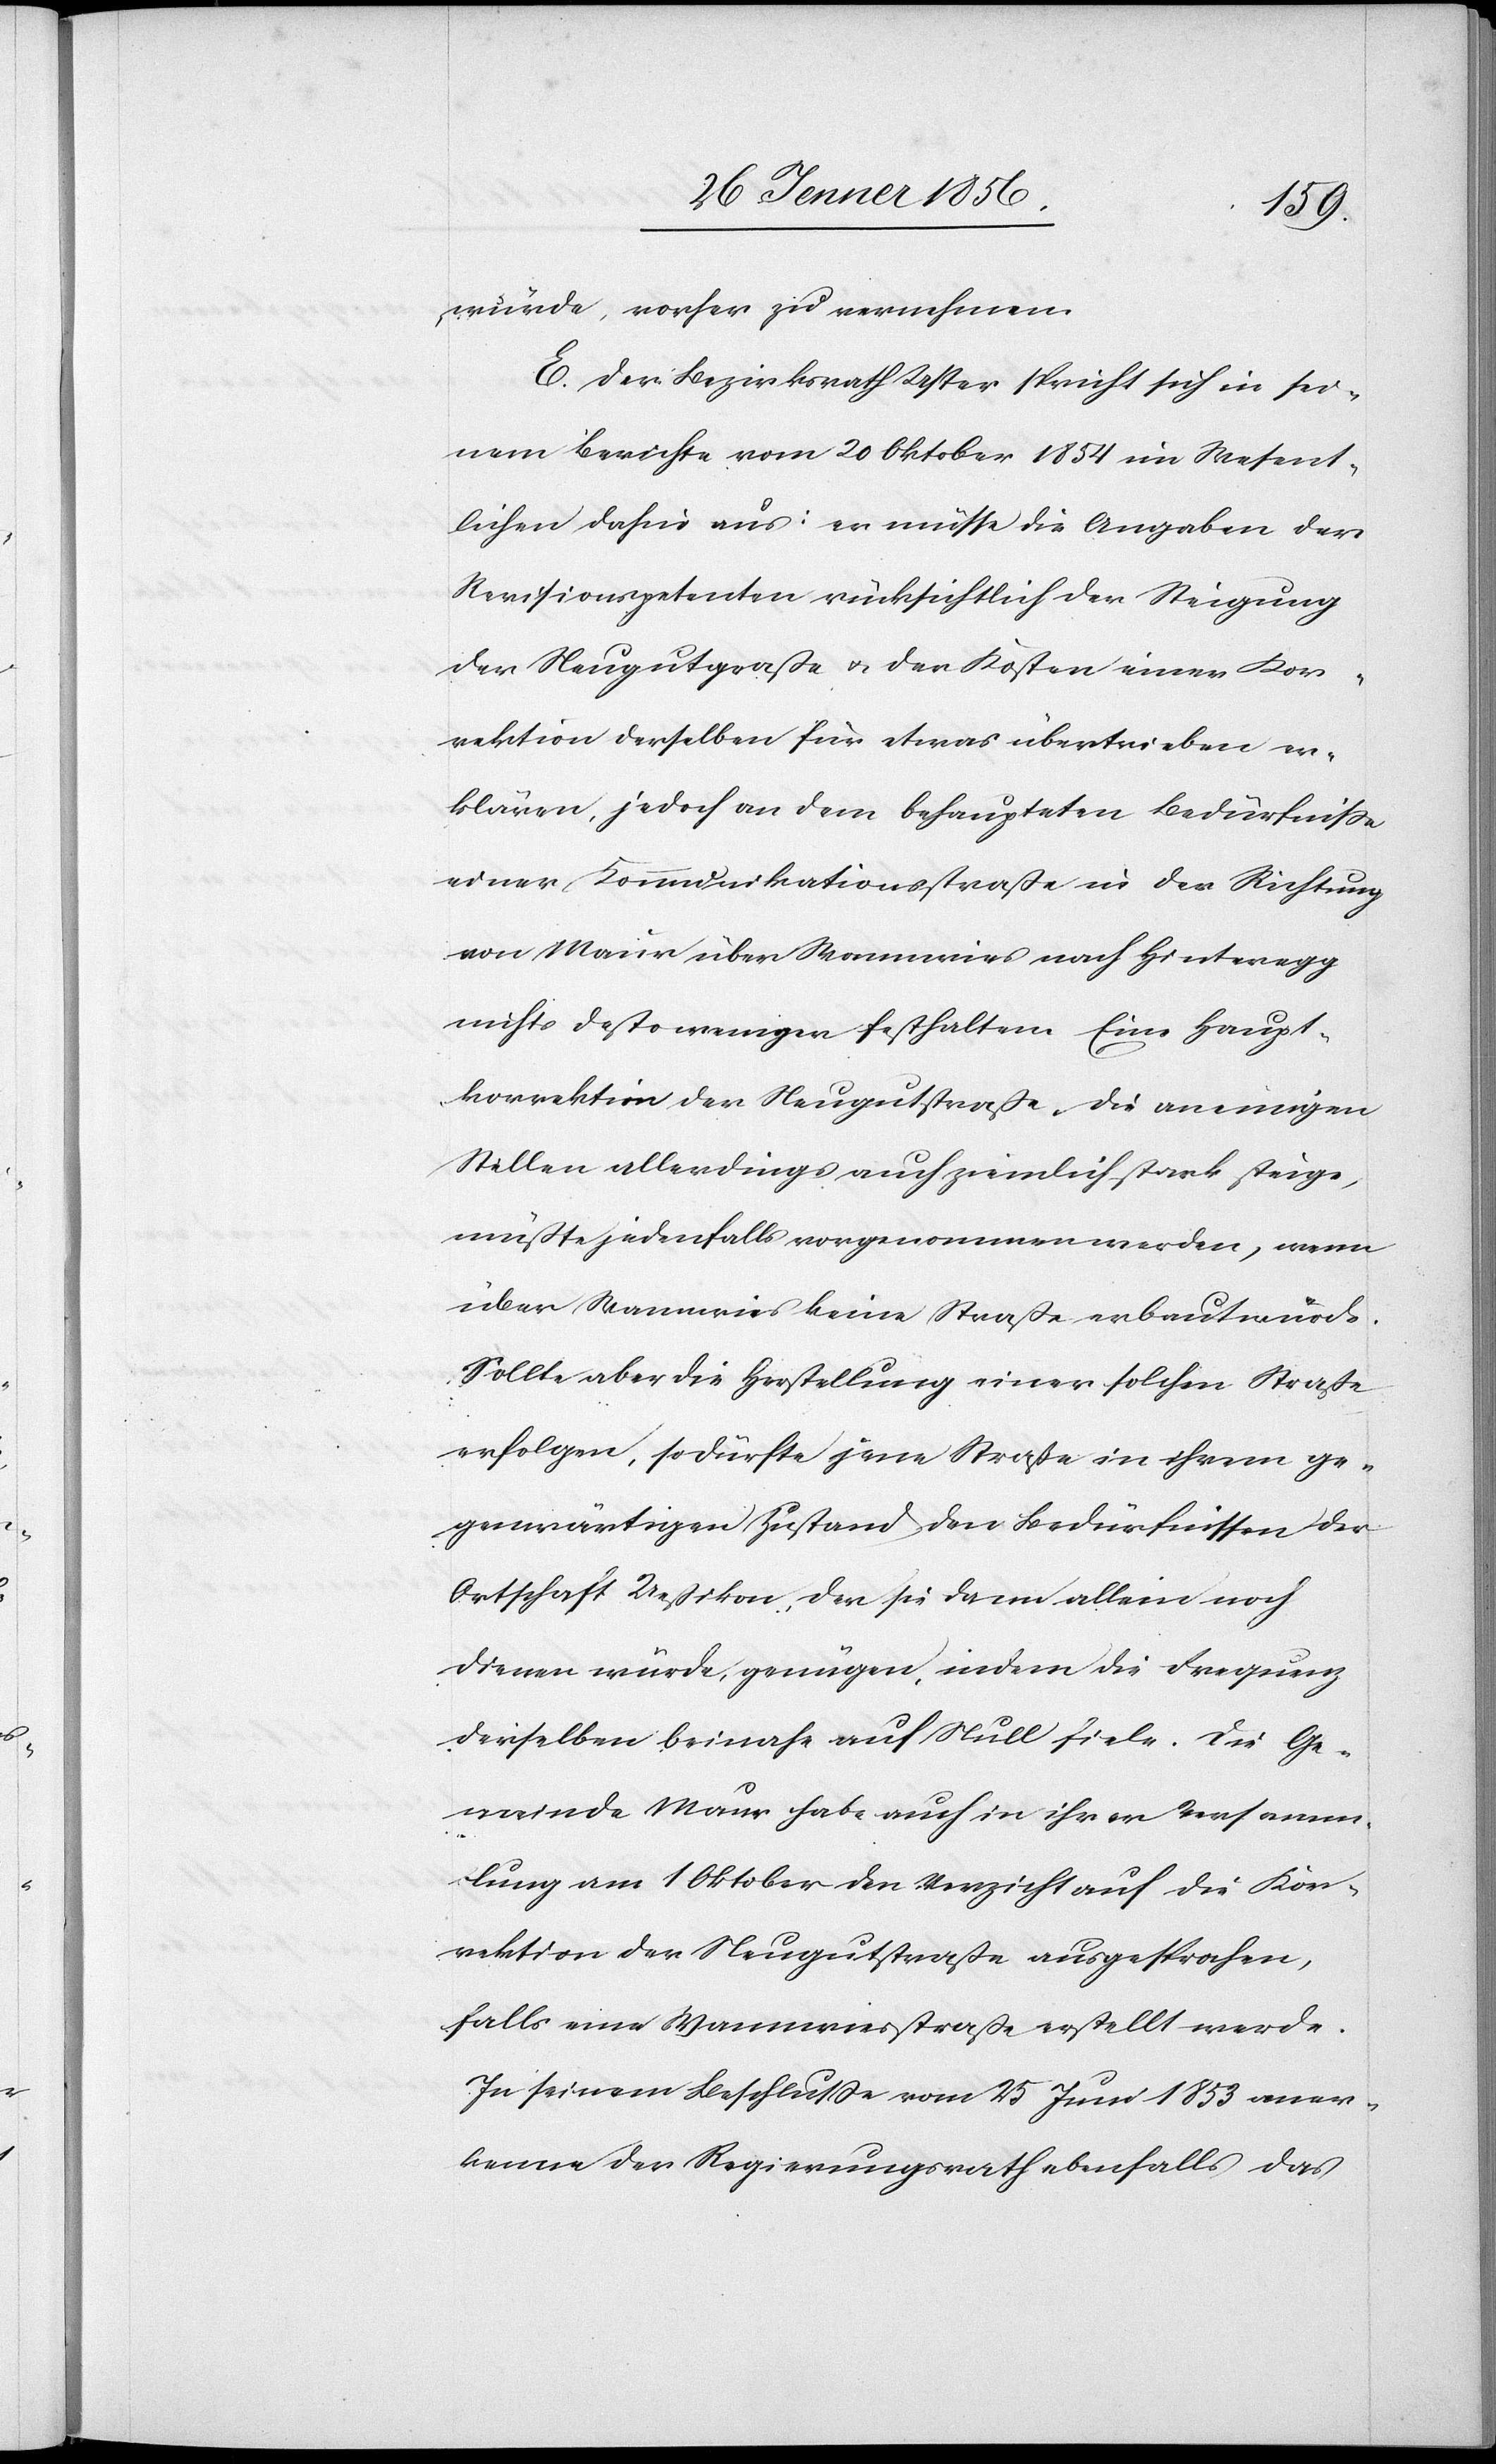
würde, vorher zu vernehmen.["]
E. Der Bezirksrath Uster spricht sich in sei¬
nem Berichte vom 20 Oktober 1854 im Wesent¬
lichen dafür aus: er müsse die Angaben der
Revisionspetenten rücksichtlich der Steigung
der Heugutgraße [sic!] u. der Kosten einer Kor¬
rektion derselben für etwas übertrieben er¬
klären, jedoch an dem behaupteten Bedürfniße
einer Kommunikationsstraße in der Richtung
von Maur über Wannwies nach Hinteregg
nichts desto weniger festhalten. Eine Haupt¬
korrektion der Heugutstraße, die an einigen
Stellen allerdings auch ziemlich stark steige,
müßte jedenfalls vorgenommen werden, wenn
über Wannwies keine Straße erbaut würde.
Sollte aber die Herstellung einer solchen Straße
erfolgen, so dürfte jene Straße in ihrem ge¬
genwärtigen Zustand den Bedürfnissen der
Ortschaft Ueßikon, der sie dann allein noch
dienen würde, genügen, indem die Frequenz
derselben beinahe auf Null fiele. Die Ge¬
meinde Maur habe auch in ihrer Versamm¬
lung am 1 Oktober den Verzicht auf die Kor¬
rektion der Neugutstraße ausgesprochen,
falls eine Wannwiesstraße erstellt werde.
In seinem Beschluße vom 25 Juni 1853 aner¬
kenne der Regierungsrath ebenfalls das